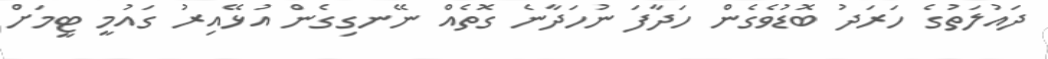
ދައުލަތުގެ ހަރަދު ބޮޑުވެގެން ހަދާފަ ނުހަދާނެ ގޮތެއް ނޭނގިގެން އުޅޭއިރު ގައުމީ ޓީމަށް